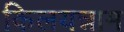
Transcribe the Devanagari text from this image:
किलयन्नाम